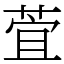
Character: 萓